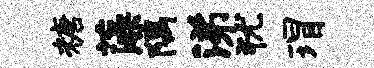
糖藻隅涕犹瑁